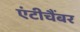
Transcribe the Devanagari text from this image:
एंटीचैंबर